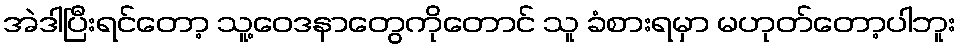
အဲဒါပြီးရင်တော့ သူ့ဝေဒနာတွေကိုတောင် သူ ခံစားရမှာ မဟုတ်တော့ပါဘူး